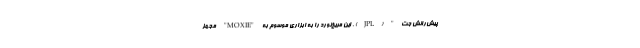
پیش‌رانش جت" (JPL) ، این مریخ‌نورد را به ابزاری موسوم به "MOXIE" مجهز